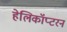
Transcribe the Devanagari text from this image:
हेलिकॉप्टरनं